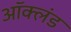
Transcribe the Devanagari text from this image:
ऑक्लंड